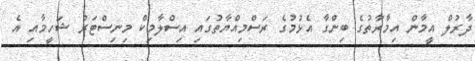
ދާރުލް އީމާން އިމާރާތުގެ ބިންގާ އެޅުމުގެ ރަސްމިއްޔާތުގައި އިސްލާމިކް މިނިސްޓަރު ޝަހީމާއި އެ